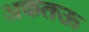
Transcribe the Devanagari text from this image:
अकतऊ